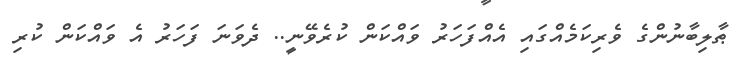
ޠާލިބާނުންގެ ވެރިކަމެއްގައި އެއްފަހަރު ވައްކަން ކުރެވޭނީ.. ދެވަނަ ފަހަރު އެ ވައްކަން ކުރި